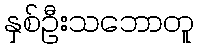
နှစ်ဦးသဘောတူ